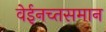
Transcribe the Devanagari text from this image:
वेईनच्तसमान